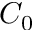
C _ { 0 }